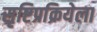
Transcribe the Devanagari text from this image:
सृष्टिप्रक्रियेला